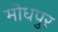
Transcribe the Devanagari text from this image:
मोधपुर